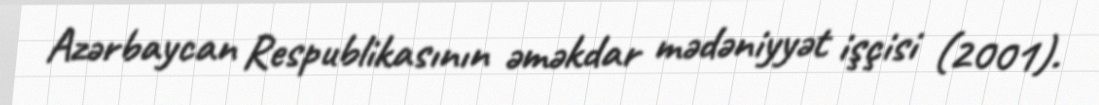
Azərbaycan Respublikasının əməkdar mədəniyyət işçisi (2001).